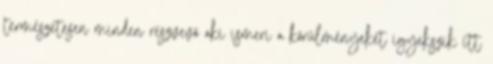
természetesen minden részvevő aki ismeri a körülményeket igyekszik itt